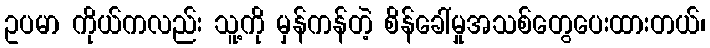
ဥပမာ ကိုယ်ကလည်း သူ့ကို မှန်ကန်တဲ့ စိန်ခေါ်မှုအသစ်တွေပေးထားတယ်၊